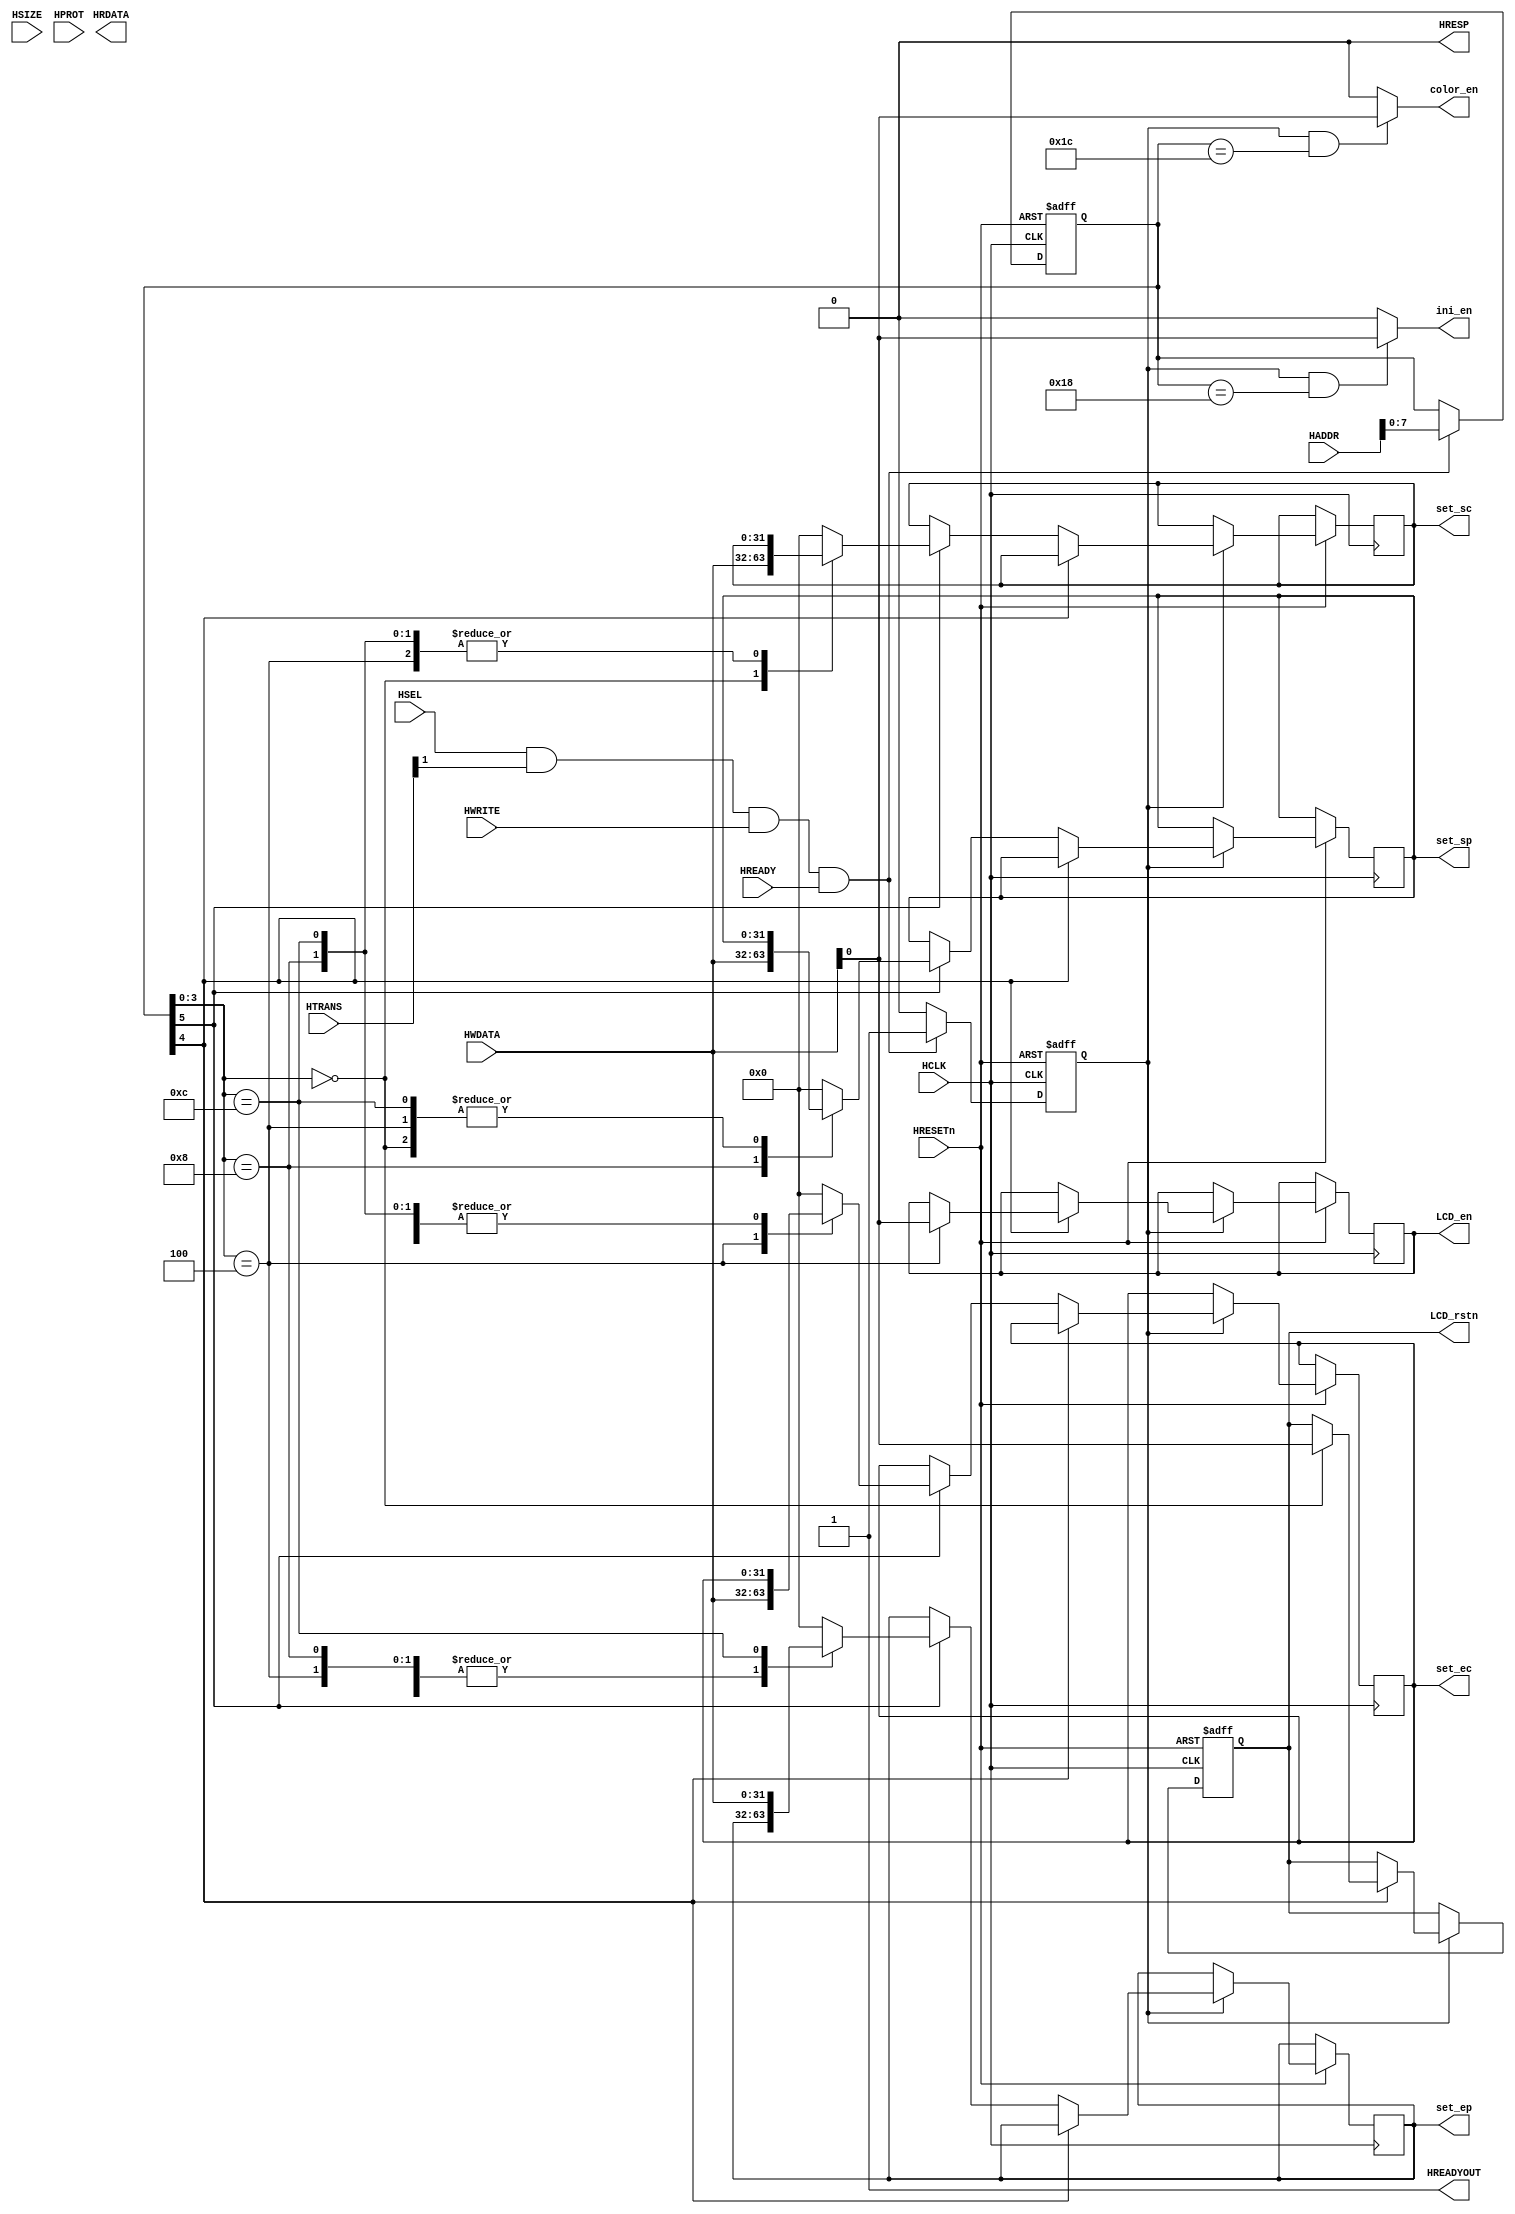
module AHBlite_LCD(
    input  wire           HCLK,
    input  wire           HRESETn,
    input  wire           HSEL,
    input  wire   [31:0]  HADDR,
    input  wire    [1:0]  HTRANS,
    input  wire    [2:0]  HSIZE,
    input  wire    [3:0]  HPROT,
    input  wire           HWRITE,
    input  wire   [31:0]  HWDATA,
    input  wire           HREADY,
    output wire           HREADYOUT,
    output wire   [31:0]  HRDATA,
    output wire           HRESP,

    output reg            LCD_rstn,
    output reg            LCD_en,
    output wire           ini_en,
    output wire           color_en,
    output reg    [31:0]  set_sc,
    output reg    [31:0]  set_ec,
    output reg    [31:0]  set_sp,
    output reg    [31:0]  set_ep
);

assign HRESP = 1'b0;
assign HREADYOUT = 1'b1;

wire write_en;
assign write_en = HSEL & HTRANS[1] & HWRITE & HREADY;

reg wr_en_reg;
reg [7:0] addr_reg;
always@(posedge HCLK or negedge HRESETn) begin
    if(~HRESETn) begin 
        wr_en_reg <= 1'b0;
        addr_reg <= 8'h0;
    end
    else if(write_en) begin
        wr_en_reg <= 1'b1;
        addr_reg <= HADDR[7:0];
    end
    else begin
        wr_en_reg <= 1'b0;
        addr_reg <= addr_reg;
    end
end

assign ini_en = (wr_en_reg == 1'b1 & addr_reg == 8'h18) ? HWDATA[0] : 1'b0;
assign color_en = (wr_en_reg == 1'b1 & addr_reg == 8'h1c) ? HWDATA[0] : 1'b0;

always @(posedge HCLK or negedge HRESETn) begin
    if(~HRESETn) LCD_rstn <= 0;
    else if(wr_en_reg ) begin
        if(addr_reg[4])begin
            case (addr_reg[3:0])
                4'h0: LCD_rstn <= HWDATA[0];
                4'h4: LCD_en <= HWDATA[0]; 
                default:begin
                    LCD_rstn <= LCD_rstn;
                    LCD_en <= LCD_en;
                end 
            endcase
        end
        else if (addr_reg[5]) begin
            case (addr_reg[3:0])
                4'h0: set_sc <= HWDATA; 
                4'h4: set_ec <= HWDATA; 
                4'h8: set_sp <= HWDATA; 
                4'hc: set_ep <= HWDATA;  
                default: begin
                    set_sc <= 32'h0;
                    set_ec <= 32'h0;
                    set_sp <= 32'h0;
                    set_ep <= 32'h0;
                end
            endcase
        end
    end
end

endmodule